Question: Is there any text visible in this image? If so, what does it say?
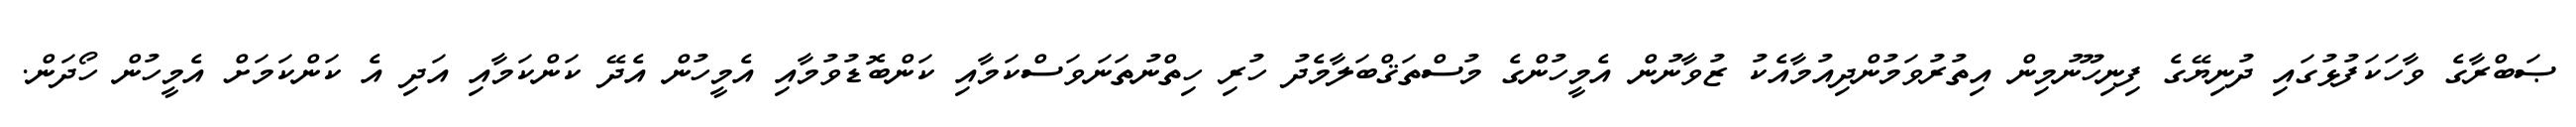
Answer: ޞަބްރާގެ ވާހަކަފުޅުގައި ދުނިޔޭގެ ފިނިހޫނުމިން އިތުރުވަމުންދިއުމާއެކު ޒުވާނުން އެމީހުންގެ މުސްތަޤްބަލާމެދު ހުރި ހިތްނުތަނަވަސްކަމާއި ކަންބޮޑުވުމާއި އެމީހުން އެދޭ ކަންކަމާއި އަދި އެ ކަންކަމަށް އެމީހުން ހޯދަން.